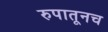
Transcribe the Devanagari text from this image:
रुपातूनच